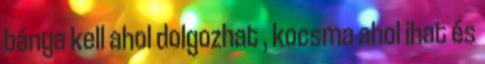
bánya kell ahol dolgozhat , kocsma ahol ihat és